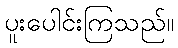
ပူးပေါင်းကြသည်။